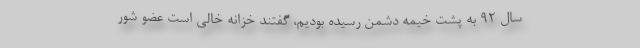
سال ۹۲ به پشت خیمه دشمن رسیده بودیم، گفتند خزانه خالی است عضو شور